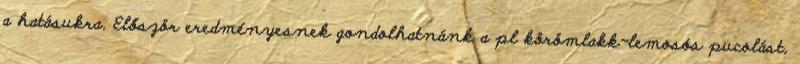
a hatásukra. Először eredményesnek gondolhatnánk a pl körömlakk-lemosós pucolást,